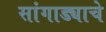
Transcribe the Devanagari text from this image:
सांगाड्याचे